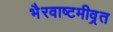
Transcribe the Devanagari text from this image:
भैरवाष्टमीव्रत